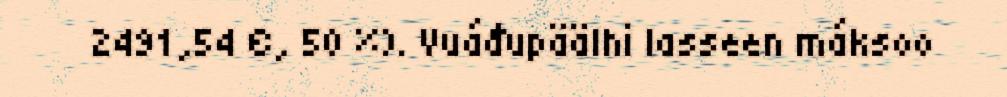
2491,54 €, 50 %). Vuáđupäälhi lasseen máksoo